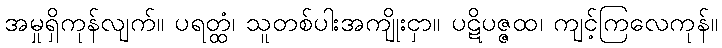
အမှုရှိကုန်လျက်။ ပရတ္ထံ၊ သူတစ်ပါးအကျိုးငှာ။ ပဋိပဇ္ဇထ၊ ကျင့်ကြလေကုန်။